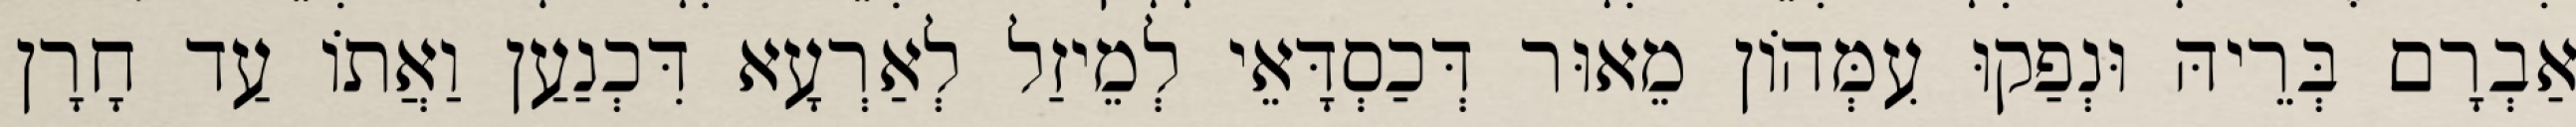
אַבְרָם בְּרֵיהּ וּנְפַקוּ עִמְּהוֹן מֵאוּר דְּכַסְדָּאֵי לְמֵיזַל לְאַרְעָא דִּכְנַעַן וַאֲתוֹ עַד חָרָן